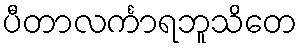
ပီတာလင်္ကာရဘူသိတေ